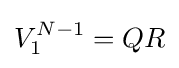
V_{1}^{N-1}=QR